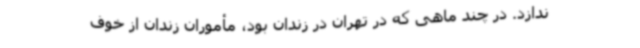
ندازد. در چند ماهی که در تهران در زندان بود، مأموران زندان از خوف